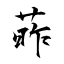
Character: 葃